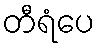
တီရံပေ